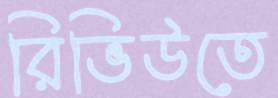
রিভিউতে